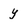
Character: y